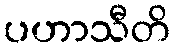
ပဟာသီတိ